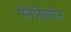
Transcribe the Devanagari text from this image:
पेनेसिलीन